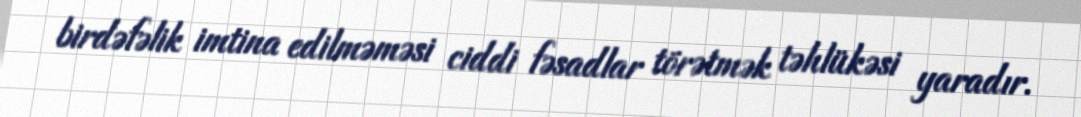
birdəfəlik imtina edilməməsi ciddi fəsadlar törətmək təhlükəsi yaradır.